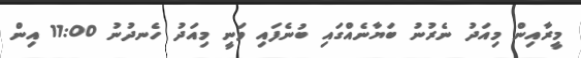
މީރާއިން މިއަދު ނެރުނު ބަޔާނެއްގައި ބުނެފައި ވަނީީ މިއަދު ހެނދުނު 11:00 އިން